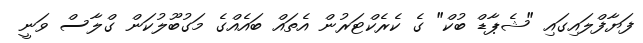
ފަޔާފްލައިގައި "ޝެޕާޑް ބުކް" ގެ ކެރެކްޓަރުން އެތައް ބައެއްގެ މަގުބޫލުކަން ގްލާސް ވަނީ